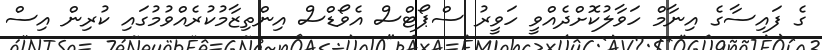
ގެ ފައިސާގެ އިނާމް ހަވާލުކޮށްދެއްވީ ހަވީރު ސްޕޯޓްސް އެވޯޑްސް އިންތިޒާމުކުރެއްވުމުގައި ކުރިން އިސް